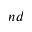
^ { n d }